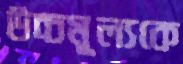
উচ্চমূল্যকে